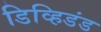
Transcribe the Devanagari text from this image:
डिव्हिडंड